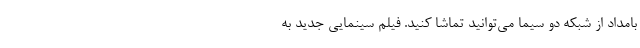
بامداد از شبکه دو سیما می‌توانید تماشا کنید. فیلم سینمایی جدید به